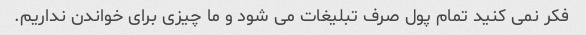
فکر نمی کنید تمام پول صرف تبلیغات می شود و ما چیزی برای خواندن نداریم.